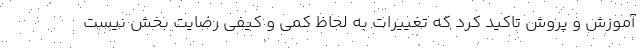
آموزش و پروش تاکید کرد که تغییرات به لحاظ کمی و کیفی رضایت بخش نیست